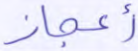
أعجاز